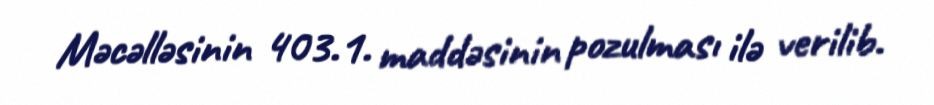
Məcəlləsinin 403.1. maddəsinin pozulması ilə verilib.